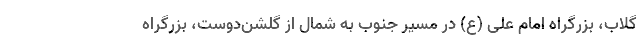
گلاب، بزرگراه امام علی (ع) در مسیر جنوب به شمال از گلشن‌دوست، بزرگراه